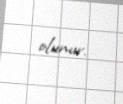
olunur.